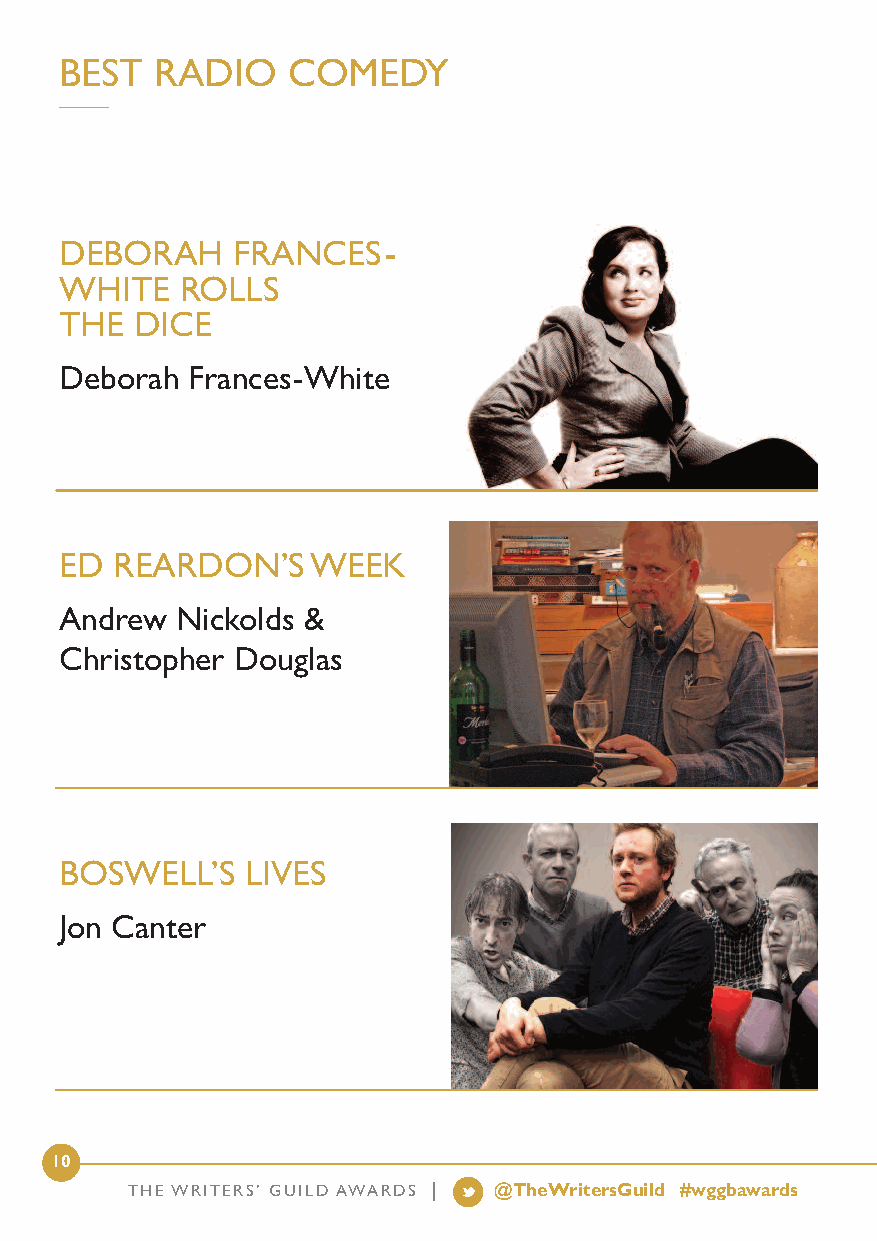
BEST  RADIO    COMEDY
 DEBORAH    FRANCES-
 WHITE   ROLLS
 THE  DICE
 Deborah Frances-White
 ED REARDON’S     WEEK
 Andrew  Nickolds &
 Christopher Douglas
 BOSWELL’S   LIVES
 Jon Canter
 10
 THE WRITERS’ GUILD AWARDS | @TheWritersGuild #wggbawards